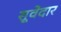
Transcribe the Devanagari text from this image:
सूवेदार